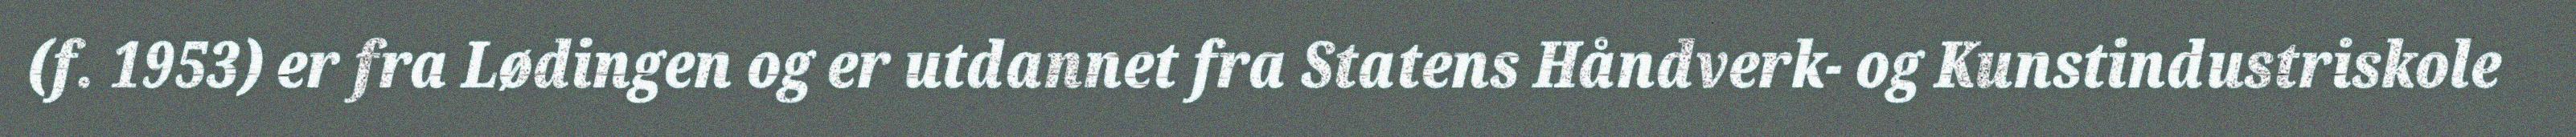
(f. 1953) er fra Lødingen og er utdannet fra Statens Håndverk- og Kunstindustriskole